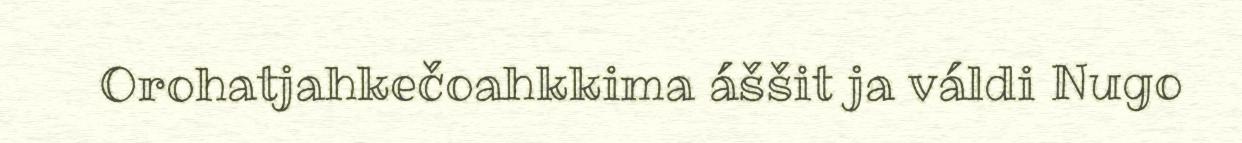
Orohatjahkečoahkkima áššit ja váldi Nugo